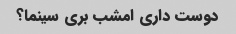
دوست داری امشب بری سینما؟